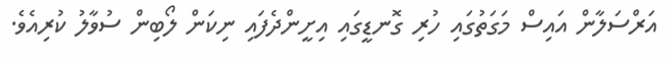
އަރްސަލާން އައިސް މަގަތުގައި ހުރި ގޮނޑީގައި އިށީންދެފައި ނިކަން ލޯބިން ސުވާލު ކުރިއެވެ.